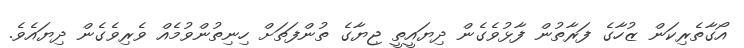
އޯގާތެރިކަން ޒުހާގެ ފަރާތުން ފާޅުވެގެން ދިޔައީތީ ޖިޔާގެ ތުންފަތަށް ހިނިތުންވުމެއް ވެރިވެގެން ދިޔައެވެ.